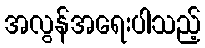
အလွန်အရေးပါသည့်